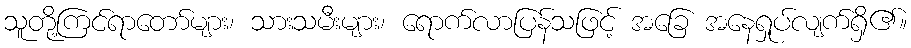
သူတို့ကြင်ရာတော်များ၊ သားသမီးများ၊ ရောက်လာပြန်သဖြင့် အခြေ အနေရှုပ်လျက်ရှိ၏။